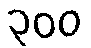
၃၀၀